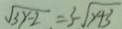
\sqrt { 3 y - 2 } = 3 - \sqrt { y + 3 }